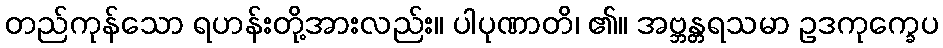
တည်ကုန်သော ရဟန်းတို့အားလည်း။ ပါပုဏာတိ၊ ၏။ အဗ္ဘန္တရသမာ ဥဒကုက္ခေပ